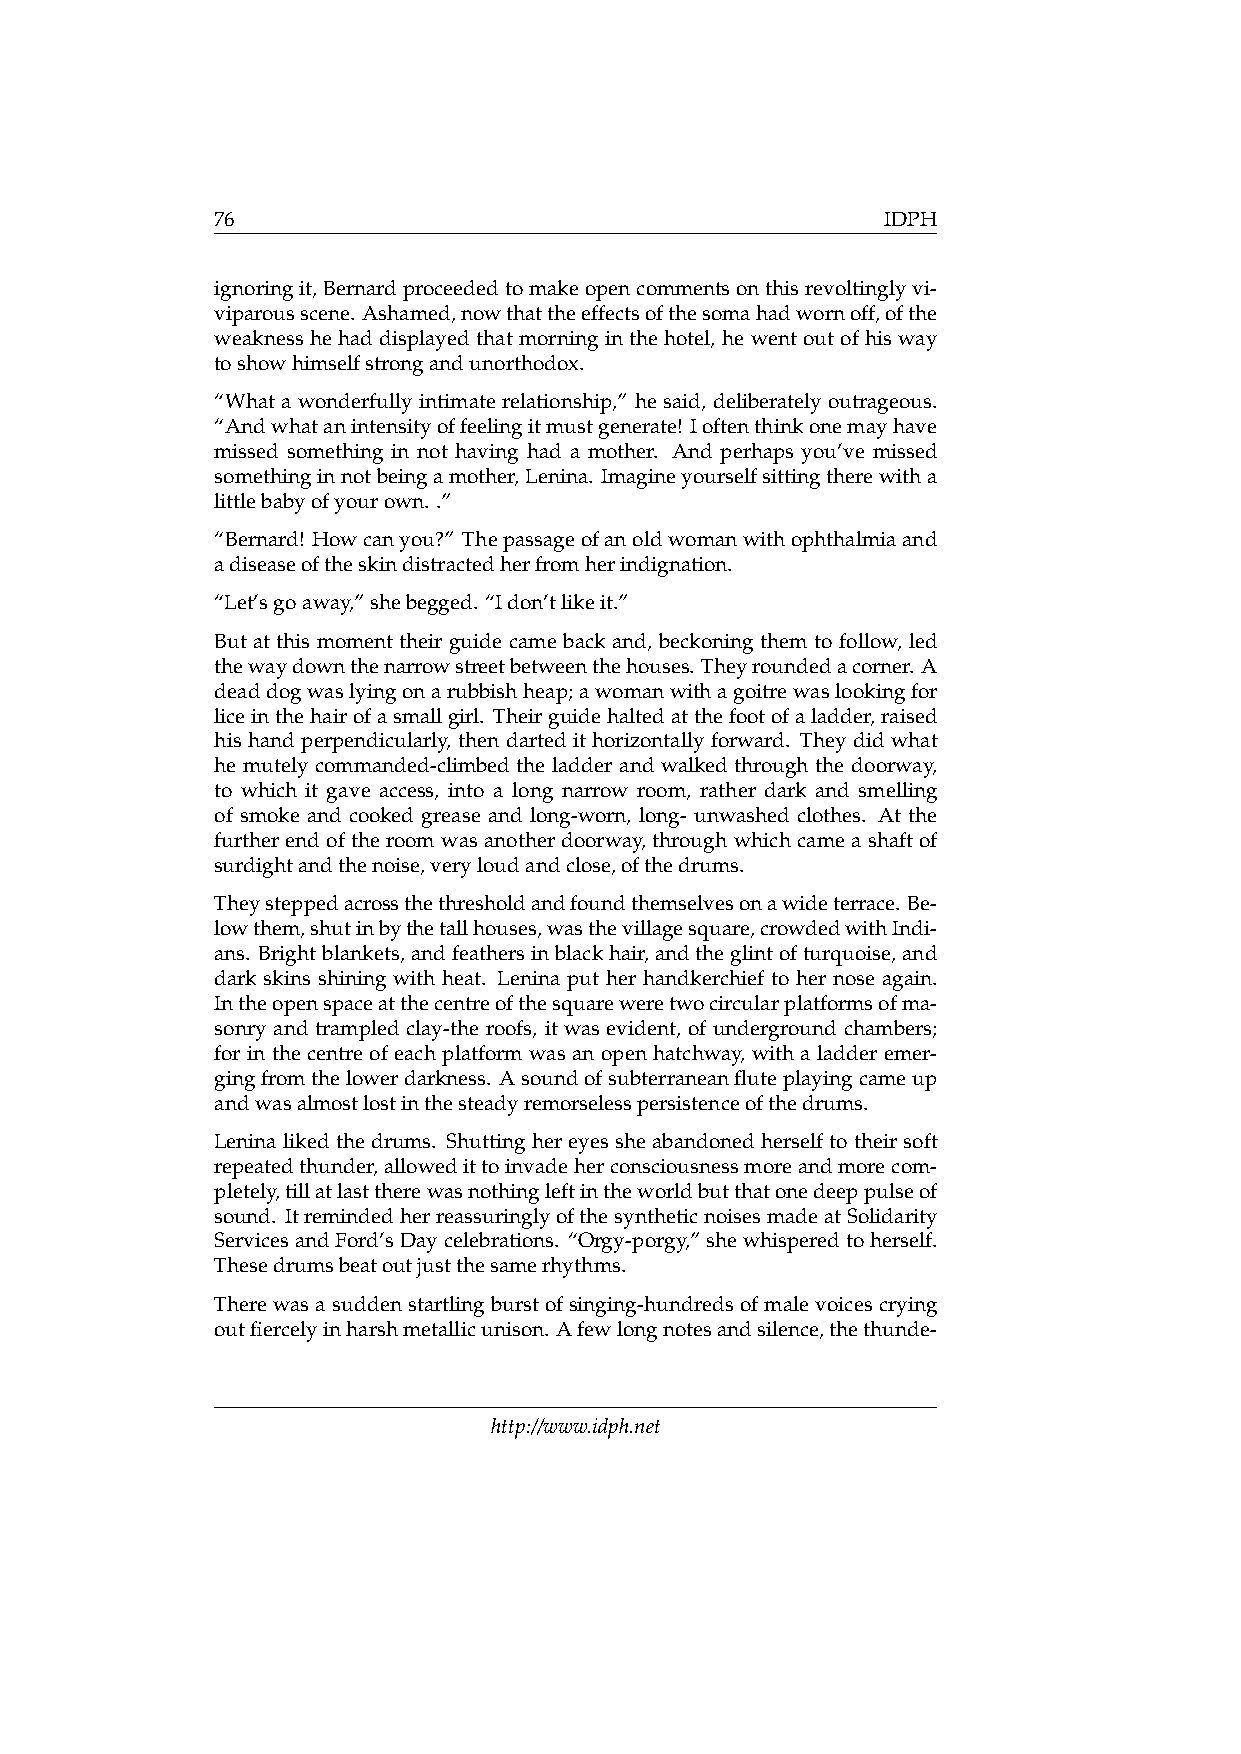
76                                           IDPH
 ignoringit,Bernardproceededtomakeopencommentsonthisrevoltinglyvi-
 viparousscene. Ashamed,nowthattheeffectsofthesomahadwornoff,ofthe
 weakness he had displayed that morning in the hotel, he went out of his way
 toshowhimselfstrongandunorthodox.
 “What a wonderfully intimate relationship,” he said, deliberately outrageous.
 “Andwhatanintensityoffeelingitmustgenerate! Ioftenthinkonemayhave
 missed something in not having had a mother. And perhaps you’ve missed
 somethinginnotbeingamother,Lenina. Imagineyourselfsittingtherewitha
 littlebabyofyourown. .”
 “Bernard! Howcanyou?” Thepassageofanoldwomanwithophthalmiaand
 adiseaseoftheskindistractedherfromherindignation.
 “Let’sgoaway,”shebegged. “Idon’tlikeit.”
 But at this moment their guide came back and, beckoning them to follow, led
 thewaydownthenarrowstreetbetweenthehouses. Theyroundedacorner. A
 deaddogwaslyingonarubbishheap;awomanwithagoitrewaslookingfor
 liceinthehairofasmallgirl. Theirguidehaltedatthefootofaladder,raised
 his hand perpendicularly, then darted it horizontally forward. They did what
 he mutely commanded-climbed the ladder and walked through the doorway,
 to which it gave access, into a long narrow room, rather dark and smelling
 of smoke and cooked grease and long-worn, long- unwashed clothes. At the
 further end of the room was another doorway, through which came a shaft of
 surdightandthenoise,veryloudandclose,ofthedrums.
 Theysteppedacrossthethresholdandfoundthemselvesonawideterrace. Be-
 lowthem,shutinbythetallhouses,wasthevillagesquare,crowdedwithIndi-
 ans. Brightblankets,andfeathersinblackhair,andtheglintofturquoise,and
 dark skins shining with heat. Lenina put her handkerchief to her nose again.
 Intheopenspaceatthecentreofthesquareweretwocircularplatformsofma-
 sonry and trampled clay-the roofs, it was evident, of underground chambers;
 for in the centre of each platform was an open hatchway, with a ladder emer-
 gingfromthelowerdarkness. Asoundofsubterraneanfluteplayingcameup
 andwasalmostlostinthesteadyremorselesspersistenceofthedrums.
 Lenina liked the drums. Shutting her eyes she abandoned herself to their soft
 repeatedthunder,allowedittoinvadeherconsciousnessmoreandmorecom-
 pletely,tillatlasttherewasnothingleftintheworldbutthatonedeeppulseof
 sound. ItremindedherreassuringlyofthesyntheticnoisesmadeatSolidarity
 ServicesandFord’sDaycelebrations. “Orgy-porgy,”shewhisperedtoherself.
 Thesedrumsbeatoutjustthesamerhythms.
 There was a sudden startling burst of singing-hundreds of male voices crying
 outfiercelyinharshmetallicunison. Afewlongnotesandsilence,thethunde-
 http://www.idph.net